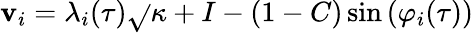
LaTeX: \mathbf{v}_{i}=\lambda_{i}(\tau)\sqrt{}{{\kappa+I-(1-C)}}\sin\left(\varphi_{i}(\tau)\right)